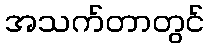
အသက်တာတွင်